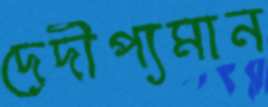
দেদীপ্যমান